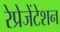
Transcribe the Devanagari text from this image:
रेप्रेजेंटेशन